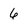
Character: 6